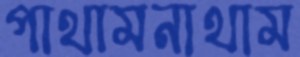
পাথামনাথাম